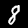
Label: 8